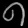
Digit: ၈